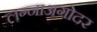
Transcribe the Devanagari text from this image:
लग्नाअगोदर